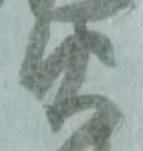
火